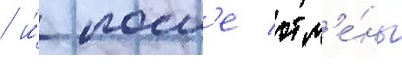
/ и́ посл'е отм'е́ны